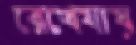
রেখেযায়